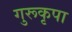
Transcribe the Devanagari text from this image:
गुरूकृपा